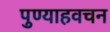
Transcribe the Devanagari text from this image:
पुण्याहवचन